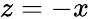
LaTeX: z=-x